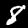
Label: 8